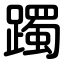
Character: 躅